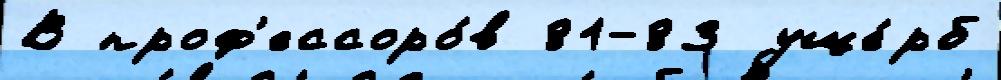
В проф'ессоро́в 81-83 уще́рб